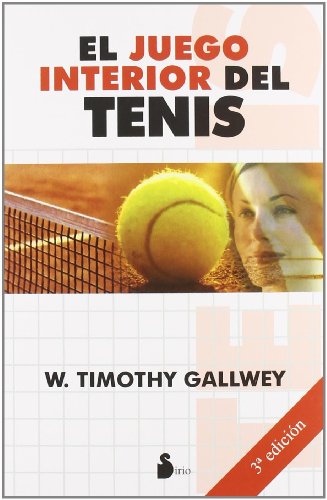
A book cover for El juego interior del tenis (Spanish Edition); W. Timothy  Gallwey; Sports & Outdoors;